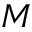
M